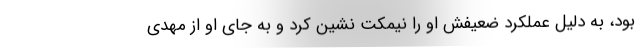
بود، به دلیل عملکرد ضعیفش او را نیمکت نشین کرد و به جای او از مهدی